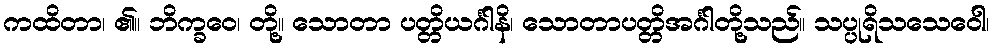
ကထိတာ၊ ၏။ ဘိက္ခဝေ၊ တို့။ သောတာ ပတ္တိယင်္ဂါနိ၊ သောတာပတ္တိအင်္ဂါတို့သည်။ သပ္ပုရိသသေဝေါ၊